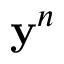
\mathbf { y } ^ { n }